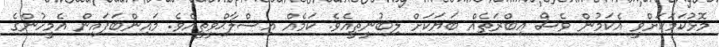
މޮޅުކަމަކަށްވީ އެކަމުން ވެސް ޢިބްރަތެއް ބަޔަކަށް ލިބުނީތީއެވެ. ކަމެއް އިސްލާޙްވީތީއެވެ. މައިންބަފައިން އެމީހުންގެ